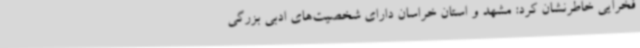
فخرایی خاطرنشان کرد: مشهد و استان خراسان دارای شخصیت‌های ادبی بزرگی